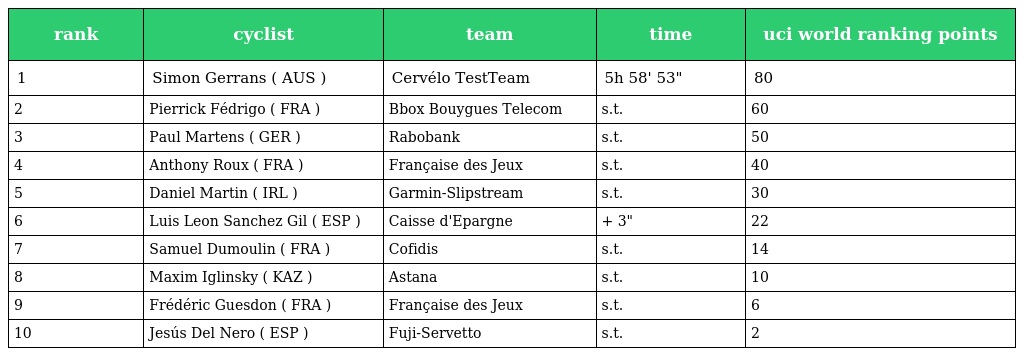
| rank | cyclist | team | time | uci world ranking points |
 | --- | --- | --- | --- | --- |
 | 1 | Simon Gerrans ( AUS ) | Cervélo TestTeam | 5h 58' 53" | 80 |
 | 2 | Pierrick Fédrigo ( FRA ) | Bbox Bouygues Telecom | s.t. | 60 |
 | 3 | Paul Martens ( GER ) | Rabobank | s.t. | 50 |
 | 4 | Anthony Roux ( FRA ) | Française des Jeux | s.t. | 40 |
 | 5 | Daniel Martin ( IRL ) | Garmin-Slipstream | s.t. | 30 |
 | 6 | Luis Leon Sanchez Gil ( ESP ) | Caisse d'Epargne | + 3" | 22 |
 | 7 | Samuel Dumoulin ( FRA ) | Cofidis | s.t. | 14 |
 | 8 | Maxim Iglinsky ( KAZ ) | Astana | s.t. | 10 |
 | 9 | Frédéric Guesdon ( FRA ) | Française des Jeux | s.t. | 6 |
 | 10 | Jesús Del Nero ( ESP ) | Fuji-Servetto | s.t. | 2 |